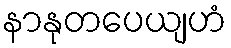
နာနုတပေယျဟံ